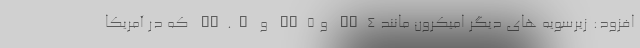
افزود: زیرسویه های دیگر اُمیکرون مانند BA4 و BA5 و BA.X که در آمریکا